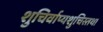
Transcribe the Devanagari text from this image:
शुचिर्वाप्यशुचिस्तथा